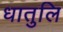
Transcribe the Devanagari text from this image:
धातुलि